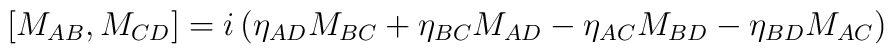
[M_{AB}, M_{CD}] = i\left(\eta_{AD} M_{BC} + \eta_{BC}M_{AD} -\eta_{AC} M_{BD} - \eta_{BD} M_{AC}\right)